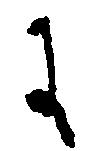
に